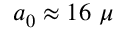
a _ { 0 } \approx 1 6 ~ \mu